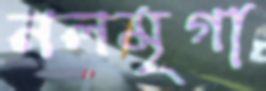
নলমৃগা